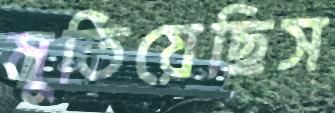
মুতিয়েছিস